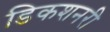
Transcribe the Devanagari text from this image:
डिकशनरी